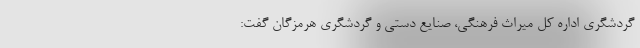
گردشگری اداره کل میراث فرهنگی، صنایع دستی و گردشگری هرمزگان گفت: